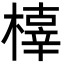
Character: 橭